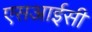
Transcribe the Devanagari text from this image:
एसआईसी